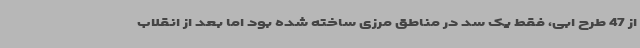
از 47 طرح ابی، فقط یک سد در مناطق مرزی ساخته شده بود اما بعد از انقلاب